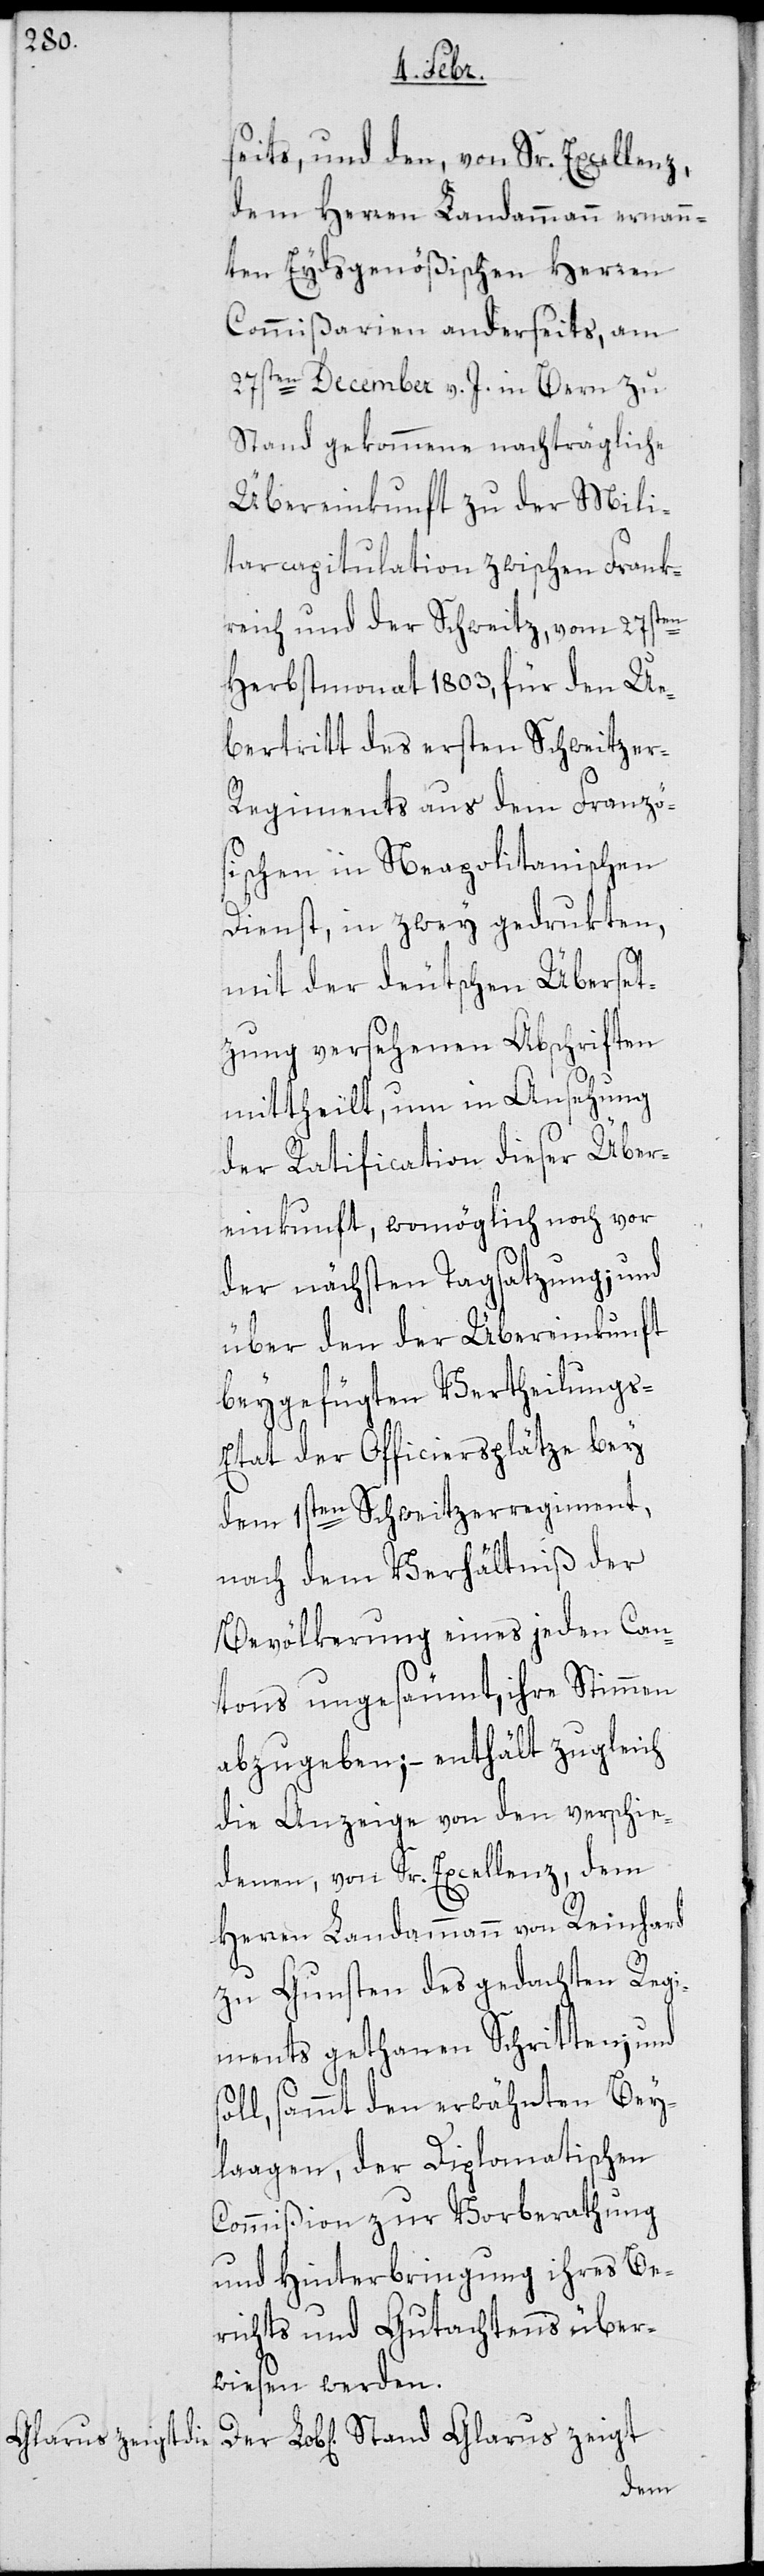
Glarus zeigt

seits, und den, von Sr. Excellenz
dem Herren Landammann ernann¬
ten Eydsgenößischen Herren
Commißarien anderseits, am
27sten December v. J. in Bern zu
Stand gekommene nachträgliche
Übereinkunft zu der Mili¬
tarcapitulation zwischen Frank¬
reich und der Schweitz, vom 27sten
Herbstmonat 1803, für den Ü¬
bertritt des ersten Schweitzer-R¬
egiments aus dem Franzö¬
sischen in Neapolitanischen
Dienst, in zwey gedrukten,
mit der deutschen Überset¬
zung versehenen Abschriften
mitgetheilt, um in Ansehung
der Ratification dieser Über¬
einkunft, womöglich noch vor
der nächsten Tagsatzung; und
über den der Übereinkunft
beygefügten Vertheilungs-E¬
tat der Officiersplätze bey
dem 1sten Schweitzerregiment,
nach dem Verhältniß der
Bevölkerung eines jeden Can¬
tons ungesäumt, ihre Stimmen
abzugeben; – enthält zugleich
die Anzeige von den verschie¬
denen, von Sr. Excellenz, dem
Herren Landammann von Reinhard
zu Gunsten des gedachten Regi¬
ments gethanen Schritten; und
soll, sammt den erwähnten Bey¬
lagen, der Diplomatischen
Commißion zu Vorberathung
und Hinterbringung ihres Be¬
richts und Gutachtens über¬
wiesen werden.